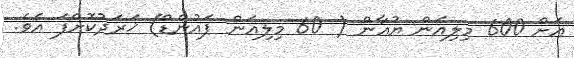
އަށް 600 މިލިއަން ޔުއާން ( 60 މިލިއަން ޕައުންޑް) ޚަރަދުކޮށްފަ އެވެ.